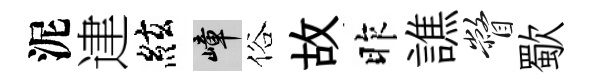
泥䢖絃嶂俗故昨譙瞥歜